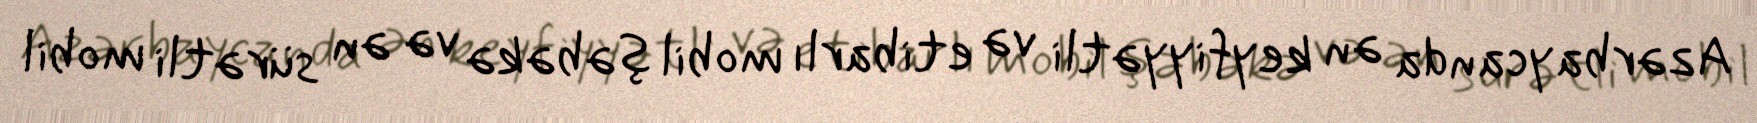
Azərbaycanda ən keyfiyyətli və etibarlı mobil şəbəkə və ən sürətli mobil